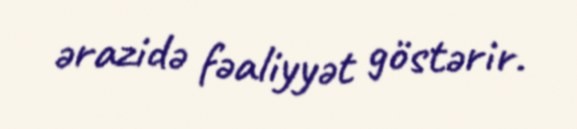
ərazidə fəaliyyət göstərir.